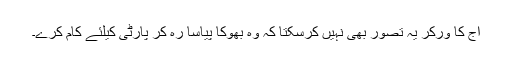
آج کا ورکر یہ تصور بھی نہیں کرسکتا کہ وہ بھوکا پیاسا رہ کر پارٹی کیلئے کام کرے۔